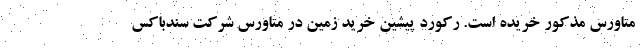
متاورس مذکور خریده است. رکورد پیشین خرید زمین در متاورس شرکت سندباکس